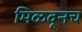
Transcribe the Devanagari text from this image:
मिळवूनच